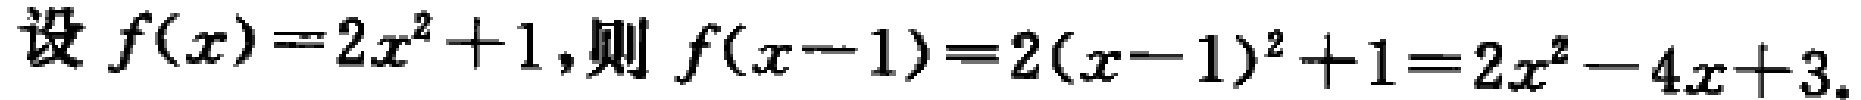
设 \(f(x)=2x^{2}+1\),则 \(f(x - 1)=2(x - 1)^{2}+1=2x^{2}-4x + 3\).